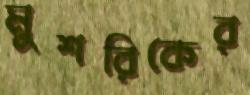
মুশরিকের